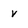
Character: v